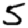
Digit: 5